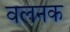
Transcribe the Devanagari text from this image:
वलनक